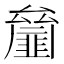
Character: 𠬘